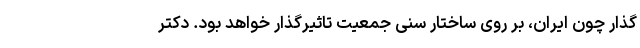
گذار چون ایران، بر روی ساختار سنی جمعیت تاثیرگذار خواهد بود. دکتر